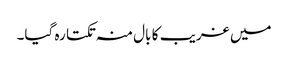
میں غریب کا بال منہ تکتا رہ گیا۔